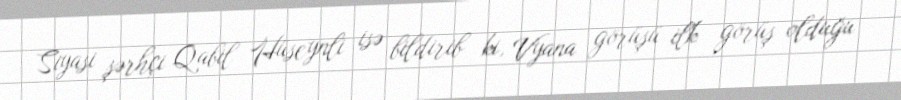
Siyasi şərhçi Qabil Hüseynli isə bildirib ki, Vyana görüşü ilk görüş olduğu